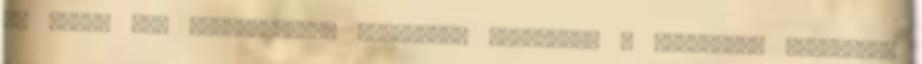
az ember nem rendelkezhet tökéletes tudással. A vaisésika 'vi-sis',